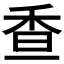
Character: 𩠺